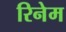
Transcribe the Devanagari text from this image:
रिनेम